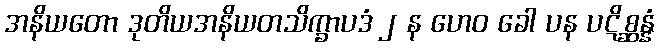
အနိယတော ဒုတိယအနိယတသိက္ခာပဒံ ၂ န ဟေဝ ခေါ ပန ပဋိစ္ဆန္နံ